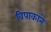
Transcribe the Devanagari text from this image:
विपाकाने